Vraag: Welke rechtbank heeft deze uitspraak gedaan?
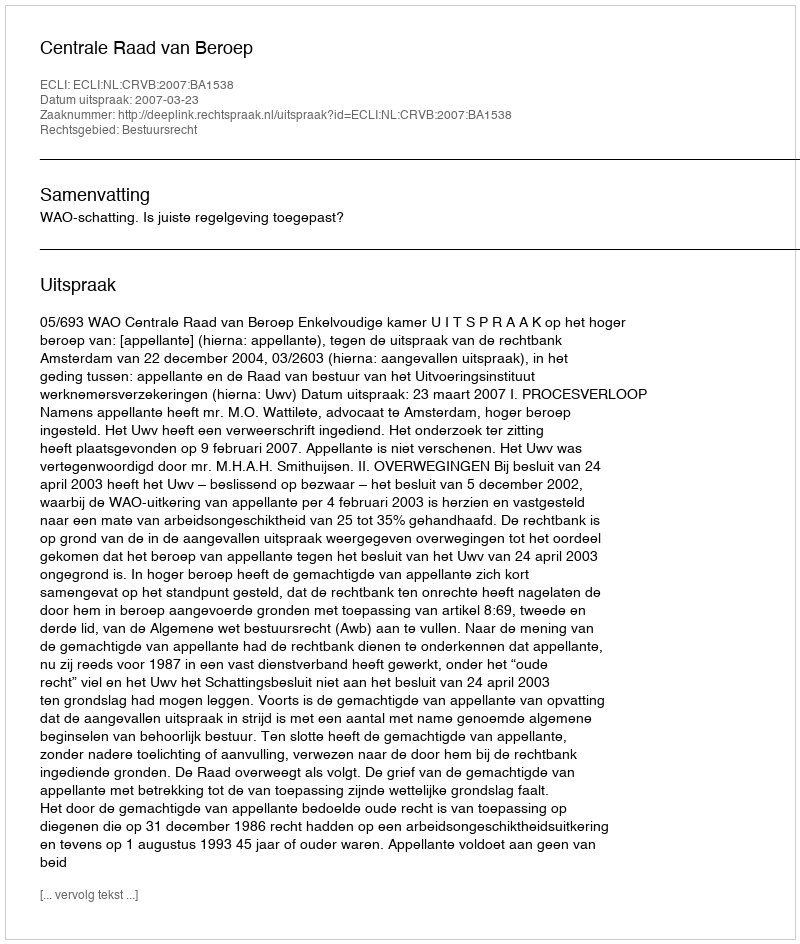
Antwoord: Centrale Raad van Beroep